Vaccination North-Western Provinces 1866-1877 - 1866-1877
Year: 1866
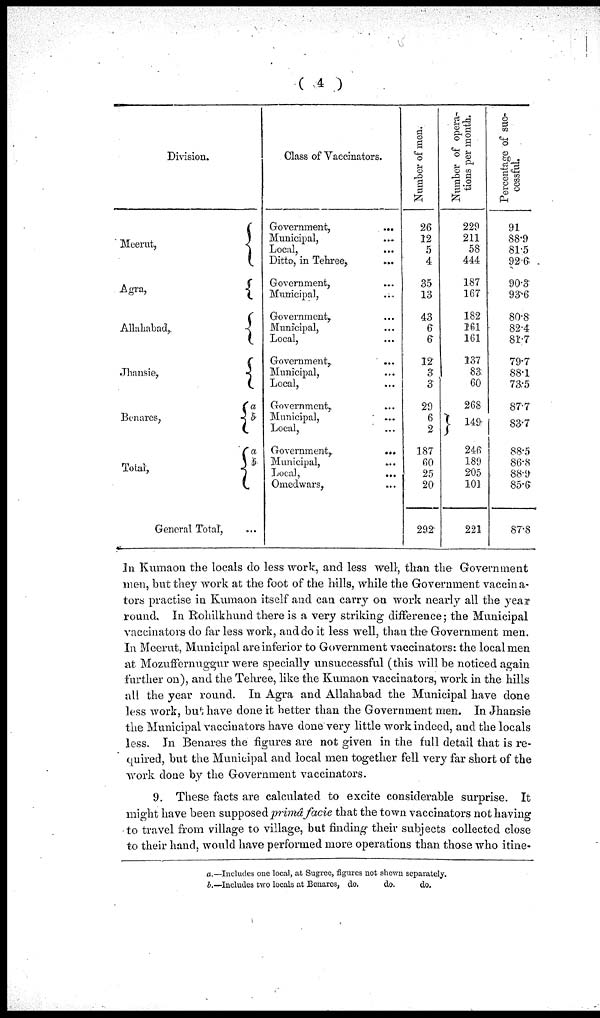
( 4 )
Total,
a
b
a
b
Class of Vaccinators.
Government,
...
Municipal, ...
Local, ...
Ditto, in Tehree, ...
Government, ...
Municipal, ...
Government, ...
Municipal, ...
Local, ...
Government, ...
Municipal, ...
Local, ...
Government, ...
Municipal, ...
Local, ...
Government,
...
Municipal, ...
Local, ...
Omedwars, ...
Number of men.
26
12
5
4
35
13
43
6
6
12
3
3
29
6
2
187
60
25
20
292
Number of opera-
tions per month.
229
211
58
444
187
167
182
161
161
137
83
60
268
149 149
246
189
205
101
221
Percentage of Suc-
cessful.
91
88.9
81.5
92.6
90.3
93.6
80.8
82.4
81.7
79.7
88.1
73.5
87.7
83.7
83.7
88.5
86.8
88.9
85.6
87.8
In Kumaon the locals do less work, and less well, than the Government
men, but they work at the foot of the hills, while the Government vaccina-
tors practise in Kumaon itself and can carry on work nearly all the year
round. In Rohilkhund there is a very striking difference; the Municipal
vaccinators do far less work, and do it less well, than the Government men.
In Meerut, Municipal are inferior to Government vaccinators: the local men
at Mozuffernuggur were specially unsuccessful (this will be noticed again
further on), and the Tehree, like the Kumaon vaccinators, work in the hills
all the year round. In Agra and Allahabad the Municipal have done
less work, but have done it better than the Government men. In Jhansie
the Municipal vaccinators have done very little work indeed, and the locals
less. In Benares the figures are not given in the full detail that is re-
quired, but the Municipal and local men together fell very far short of the
work done by the Government vaccinators.
9. These facts are calculated to excite considerable surprise. It
might have been supposed primâ facie that the town vaccinators not having
to travel from village to village, but finding their subjects collected close
to their hand, would have performed more operations than those who itine¬
a.—Includes one local, at Sugree, figures not shewn separately.
b.—Includes two locals at Benares, do.
do.
do.